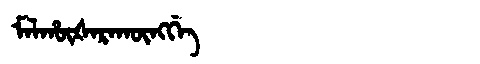
Manchu: ᠮᠠᠯᡥᡡᡧᠠᡵᠠᡴᡡᠩᡤᡝ
Romanization: MALHŪŠARAKŪNGGE